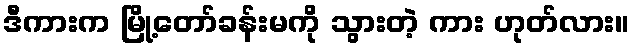
ဒီကားက မြို့တော်ခန်းမကို သွားတဲ့ ကား ဟုတ်လား။